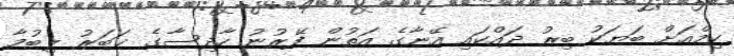
ކިމްއަށް ބަޔަކު ބިރު ދައްކައި އޭނާގެ އަތުން ފޭރުނު ހާދިސާގެ ޚަބަރު ލިބުމާ